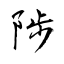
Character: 陟